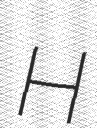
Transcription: H